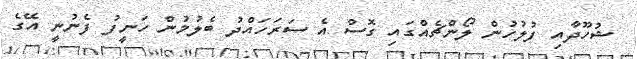
ޝުހޫދާއި ފުލުހުން ލޯންޗެއްގައި ގޮސް އެ ސަރަހައްދު ބެލުމުން ހަނީފު ފެނުނީ އޭގެ